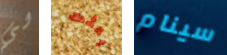
لي بعثت سينام